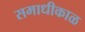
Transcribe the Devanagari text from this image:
समाधीकाळ